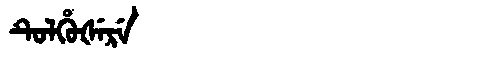
Manchu: ᡨᡠᠯᡥᡠᡧᡝᡵᡝ
Romanization: TULHUŠERE